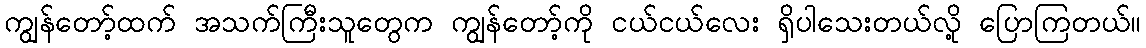
ကျွန်တော့်ထက် အသက်ကြီးသူတွေက ကျွန်တော့်ကို ငယ်ငယ်လေး ရှိပါသေးတယ်လို့ ပြောကြတယ်။